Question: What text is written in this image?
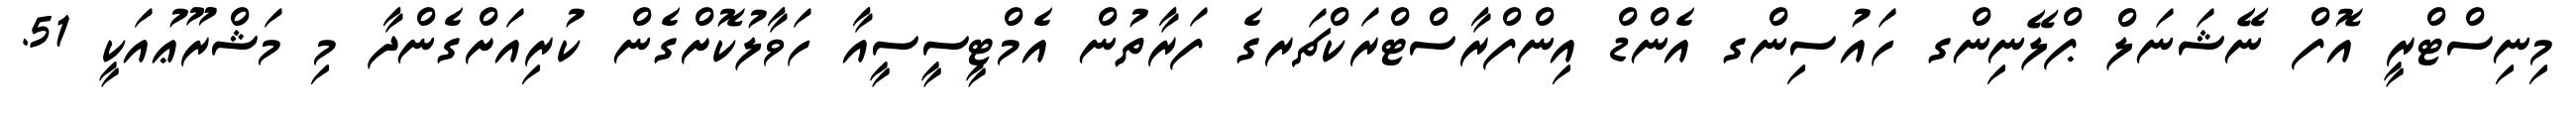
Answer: މިނިސްޓްރީ އޮފް ނޭޝަނަލް ޕްލޭނިންގ ހައުސިންގ އެންޑް އިންފްރާސްޓްރަކްޗަރގެ ފަރާތުން އެމްޓީސީސީއާ ހަވާލުކޮށްގެން ކުރިއަށްގެންދާ މި މަޝްރޫޢުއަކީ 51.